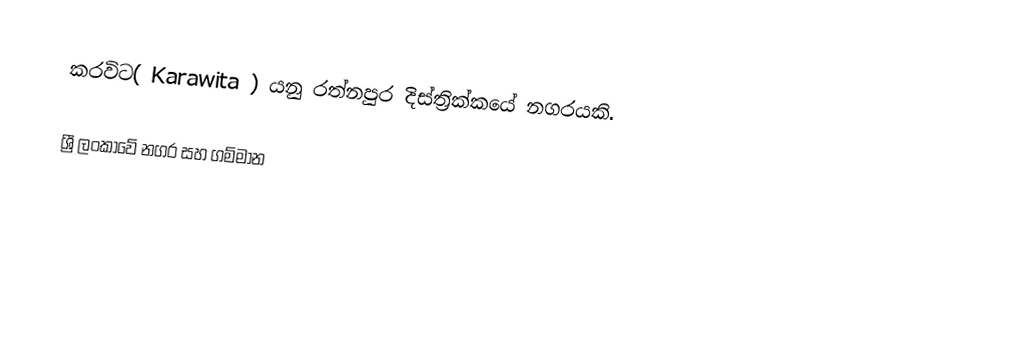
කරවිට( Karawita ) යනු රත්නපුර දිස්ත්‍රික්කයේ නගරයකි.

ශ්‍රී ලංකාවේ නගර සහ ගම්මාන